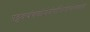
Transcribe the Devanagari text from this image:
पट्टवस्त्रंचकौशेयंमांजिष्ठंश्वेतवस्त्रकं